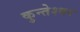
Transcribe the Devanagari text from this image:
कुन्‍तेश्‍वर